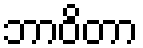
ဘာဝိတာ